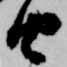
由